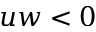
u w < 0